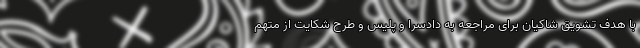
با هدف تشویق شاکیان برای مراجعه به دادسرا و پلیس و طرح شکایت از متهم